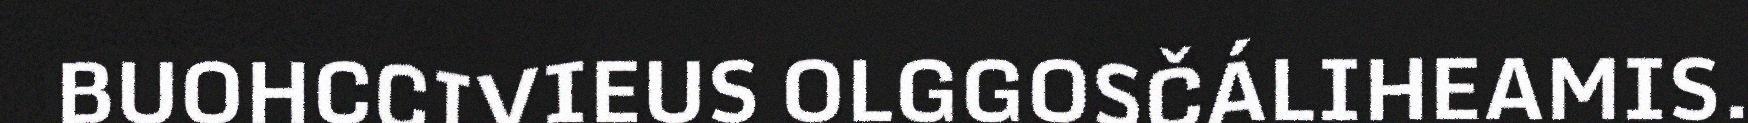
BUOHCCIVIEUS OLGGOSČÁLIHEAMIS.